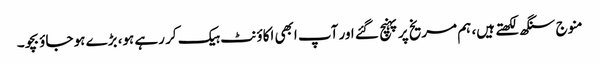
منوج سنگھ لکھتے ہیں، ہم مریخ پر پہنچ گئے اور آپ ابھی اکاؤنٹ ہیک کر رہے ہو، بڑے ہو جاؤ بچو۔